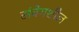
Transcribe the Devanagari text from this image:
संवेगशील